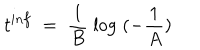
LaTeX: t ^ { i n f } \; = \; \frac { 1 } { B } \; \log \; ( - \frac { 1 } { A } )